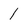
Character: 1